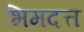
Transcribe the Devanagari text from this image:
भिमदत्त